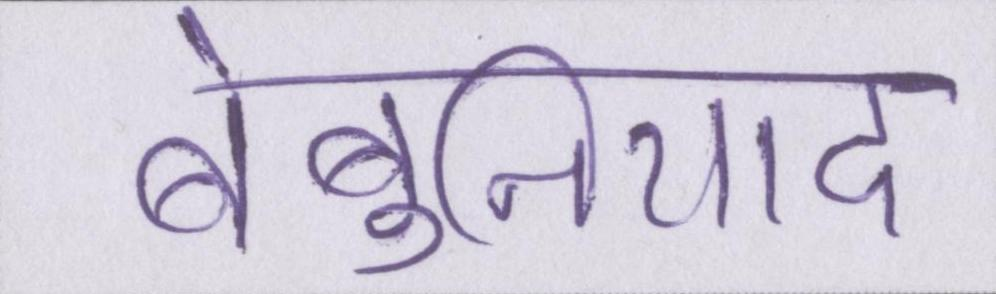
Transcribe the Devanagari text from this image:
बेबुनियाद